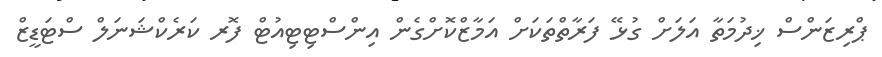
ޕްރިޒަންސް ޚިދުމަތާ އަލަށް ގުޅޭ ފަރާތްތަކަށް އަމާޒްކޮށްގެން އިންސްޓިޓިއުޓް ފޮރ ކަރެކްޝަނަލް ސްޓަޑީޒް